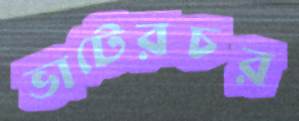
ভাটেরচর